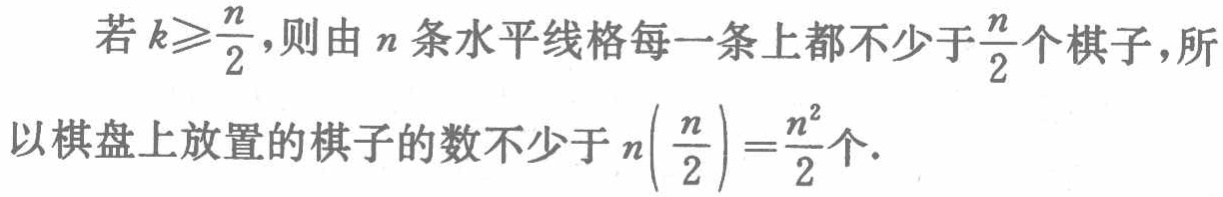
若 \(k\geqslant\frac{n}{2}\)，则由 \(n\) 条水平线格每一条上都不少于\(\frac{n}{2}\)个棋子，所以棋盘上放置的棋子的数不少于 \(n\left(\frac{n}{2}\right)=\frac{n^{2}}{2}\)个.